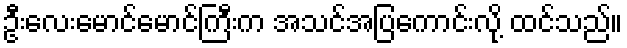
ဦးလေးမောင်မောင်ကြီးက အသင်အပြကောင်းလို့ ထင်သည်။